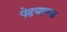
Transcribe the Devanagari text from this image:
पेढयाच्या